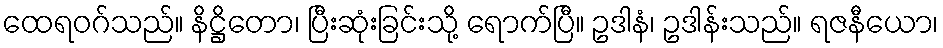
ထေရဝဂ်သည်။ နိဋ္ဌိတော၊ ပြီးဆုံးခြင်းသို့ ရောက်ပြီ။ ဥဒါနံ၊ ဥဒါန်းသည်။ ရဇနီယော၊